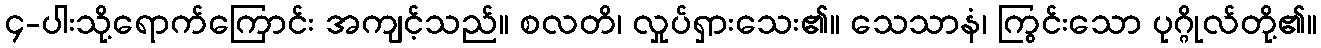
၄-ပါးသို့ရောက်ကြောင်း အကျင့်သည်။ စလတိ၊ လှုပ်ရှားသေး၏။ သေသာနံ၊ ကြွင်းသော ပုဂ္ဂိုလ်တို့၏။